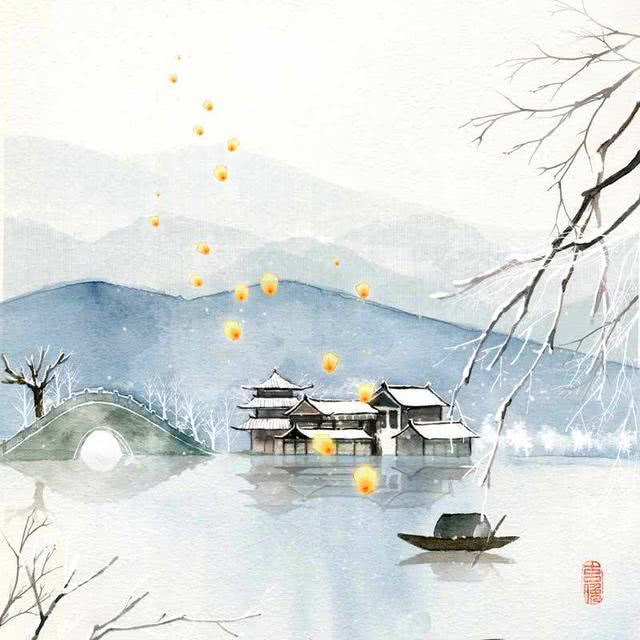
云中君不见，竟夕自悲秋。